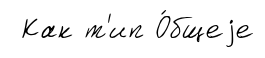
Как т'ип О́бщеjе